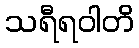
သရီရဝါတိ